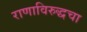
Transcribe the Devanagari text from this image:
राणाविरुद्धचा